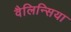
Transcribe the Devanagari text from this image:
वैलिन्सिया